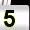
Digit: 5